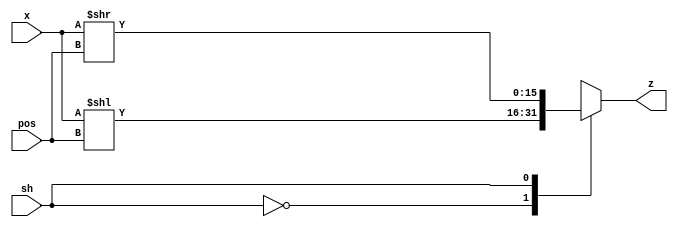
module shift(
    input [15:0] x,
    input  sh,
    input [3:0] pos,
    output reg [15:0] z
);


always @(*) begin
    case (sh) 

        2'b0 : z = x << pos;

        2'b1 : z = x >> pos;

    endcase
end


endmodule